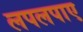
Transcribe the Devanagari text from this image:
लपलपाए